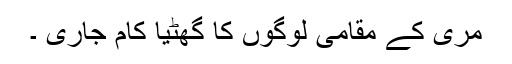
مری کے مقامی لوگوں کا گھٹیا کام جاری ۔